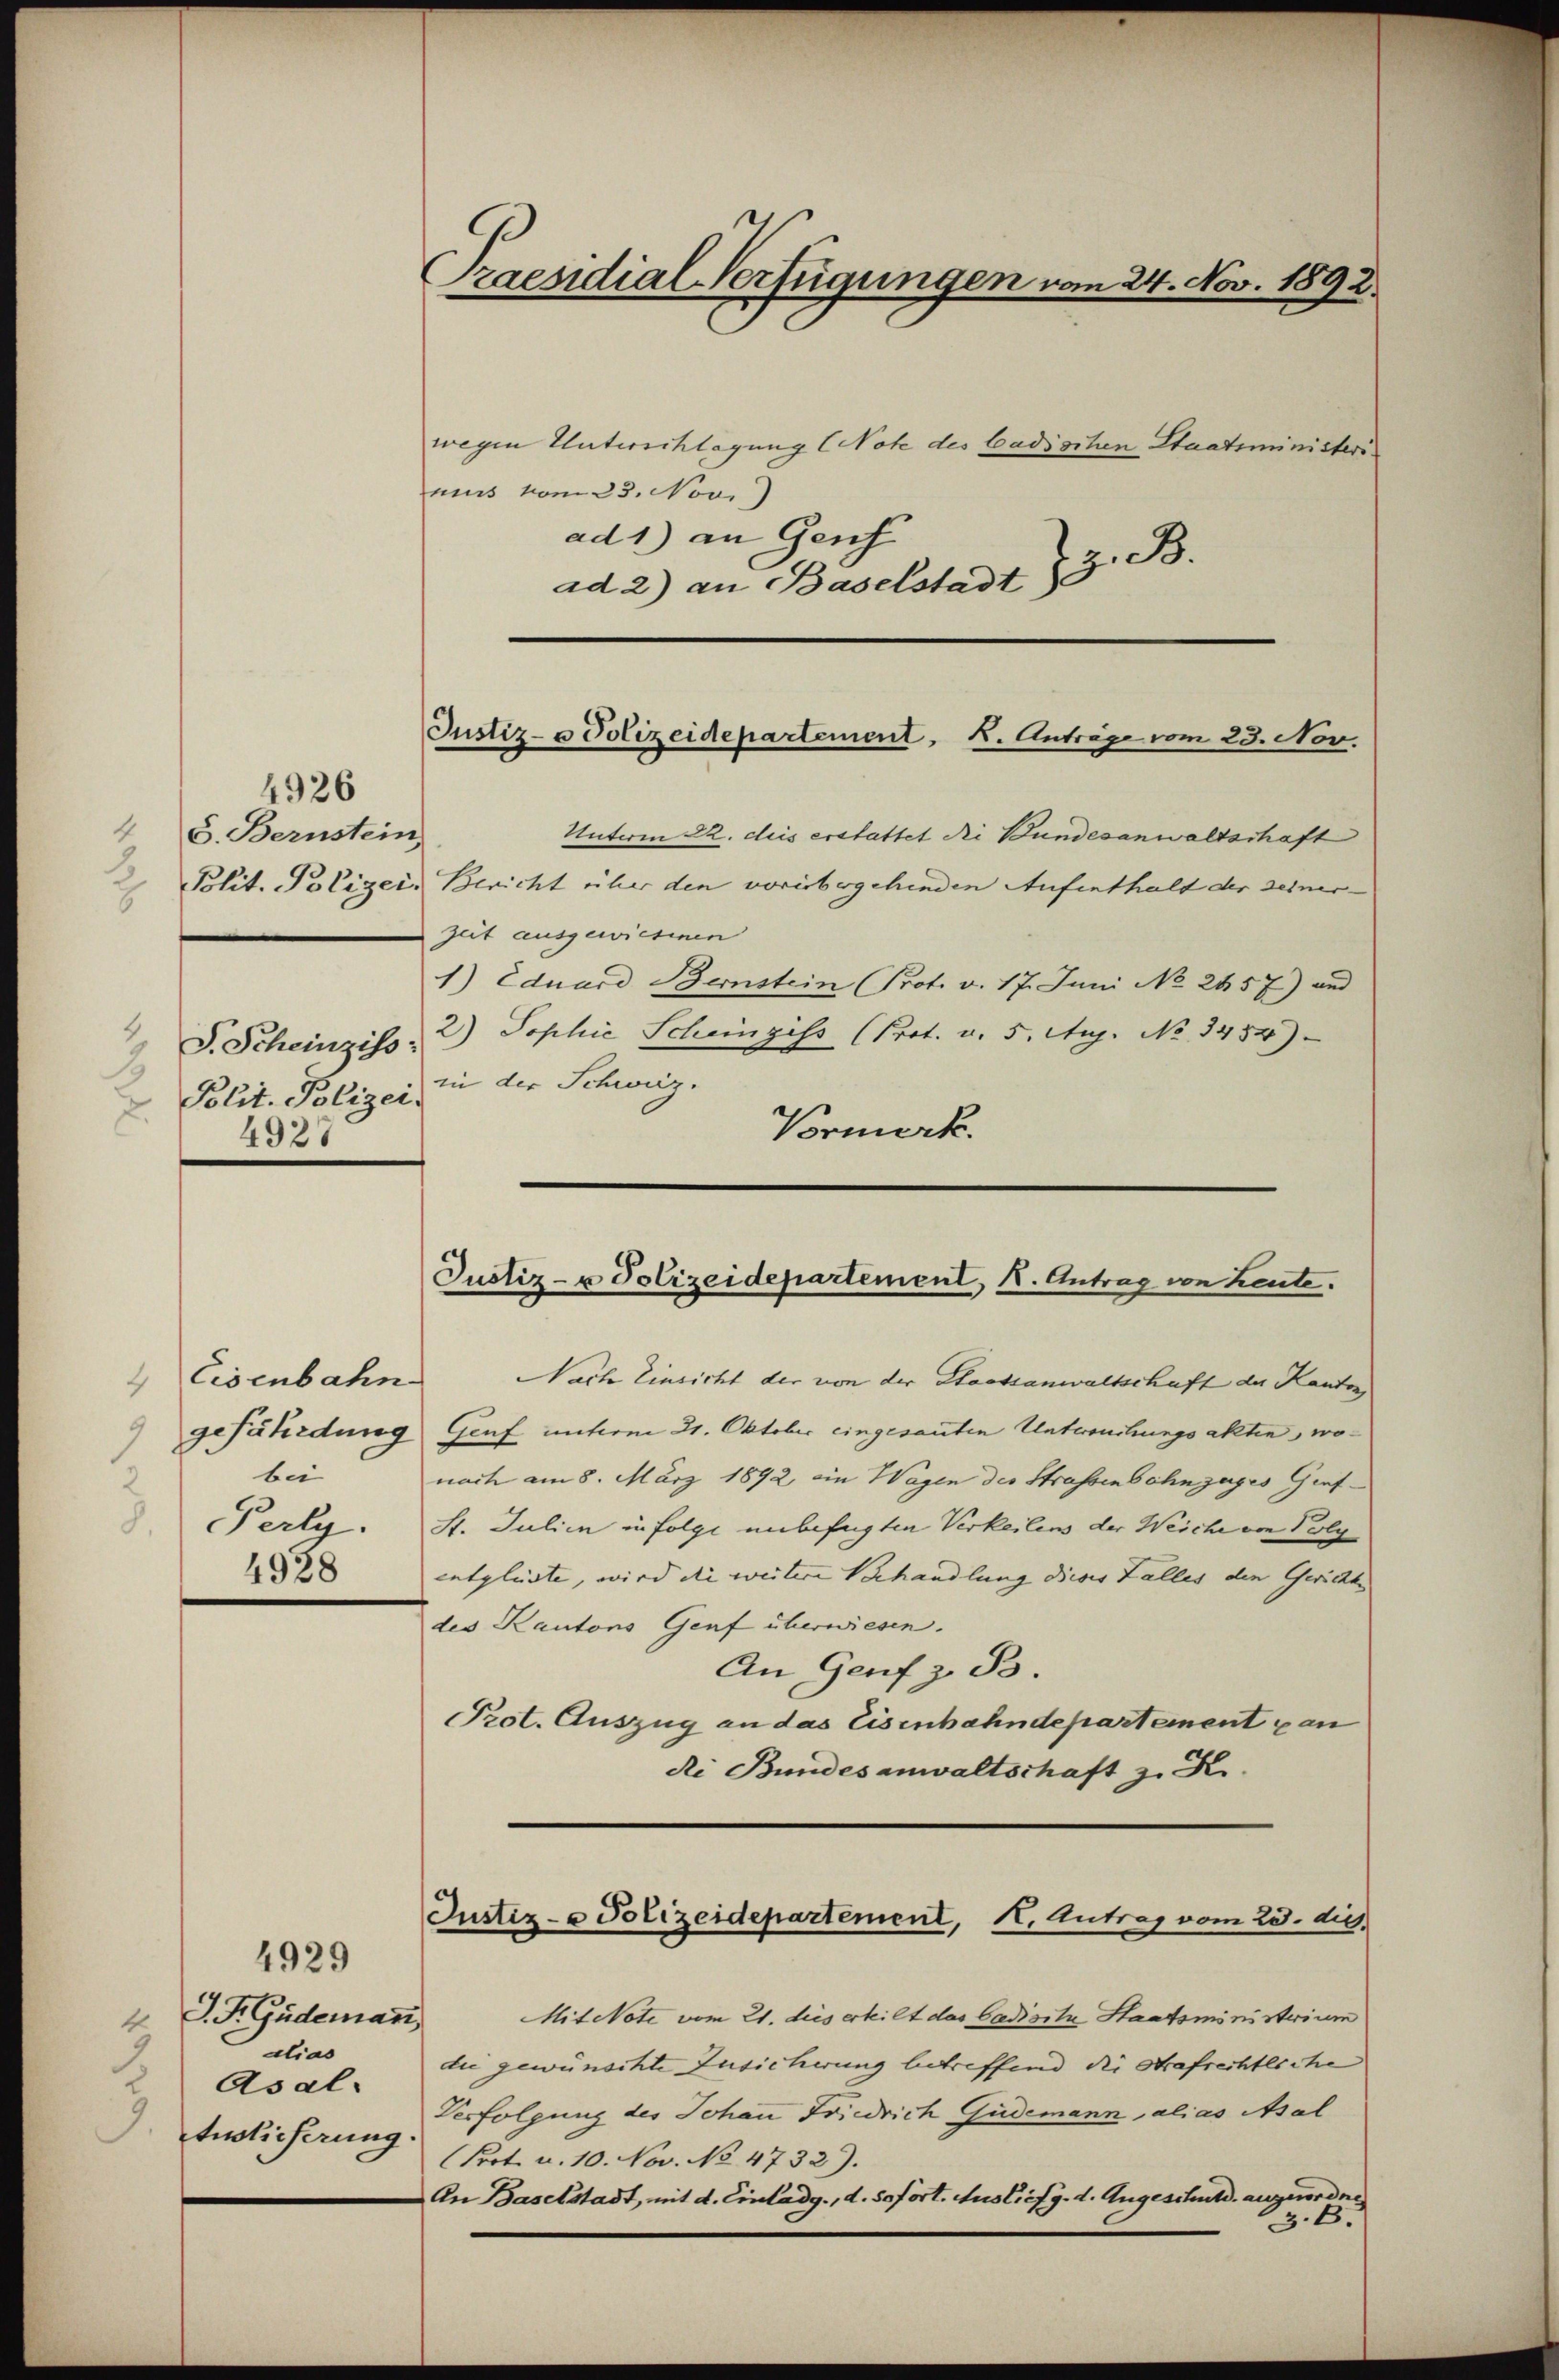
4926
4 S. Bernstein
3
2

4
S. Scheinziss:
3
Polit. Polizei.
2.
4927

Eisenbahn
bei
d. Perty.
4928

2 J. P. Gudemann,
dias
Asal.
Auslieferung.

4929

Unterm 22. dis erstattet die Bundesanwaltschaft
Polit. Polizeis Bericht über den vorübergehenden Aufenthalt der seiner-
Zeit ausgewiesenen
1) Eduard Bernstein Prot. v. 17. Juni No 2157) und
2.) Sophie Scheinzess (Prot. v. 5. Aug. No 3454)
in der Schweiz.
Vormerk.

Praesidial-Verfügungen vom 24. Nov. 1892.

wegen Unterschlagung (Note des Cadischen Staatsministeri
mus vom 23. Nov.
ad 1) an Genf
z. B.
ad 2) an Baselstadt)

Justiz- u Polizeidepartement. K. Anträge vom 23. Nov.

Justiz- u Polizeidepartement, 1. Antrag von heute.

Nach Einsicht der von der Staatsanwaltschaft der Kantons
gefährdung Genf unterm 21. Oktober eingesanten Untersuchungsakten, wonach am 8. März 1892 ein Wagen des Strassenbahnzuges Genf¬
St. Julii in folge unbefugten Verkeitens der Weiche von Polyentglüste, wird die weitere Behandlung dieses Falles den Gerichts
des Kantons Genf überwiesen.
An Genf z. B.
Prot. Auszug an das Eisenbahndepartement gan
de Bundesanwaltschaft z. K.
Justiz- & Polizeidepartement, K. Antrag vom 25. die
Mit Note vom 21. dies erteilt das Cadisch Staatsministerium
die gewünschte Zusicherung betreffend die Strafrechtliche
Verfolgung des Johann Friedrich Gudemann, alias Asal
Prot. u. 10. Nov. No 4732).
An Baselstadt, mit d. Einladg., d. Sofort. Ausliefg. d. Angeschuld anzuordne
z.B.